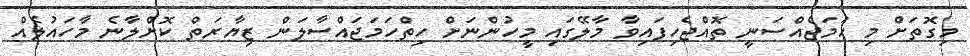
މިގޮތަށް މި ހަމަޖެއްސަނީ ތޮއްޖެހިފައިވާ މާލޭގައި މީހުންނަށް ހިތްހަމަޖައްސާލަން ޒިޔާރަތް ކޮށްލާނެ މާހައުލެއް